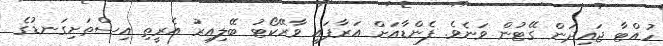
ހުއްޓާ ޖައިދަން ގޭޓުން ވަނެވެ. ފެންޑާއަށް އަރާފައި ވާރޭކޯޓު ބޭލިއިރު އެރީތި އިސްތަށިގަނޑުގެ